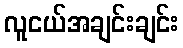
လူငယ်အချင်းချင်း